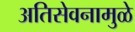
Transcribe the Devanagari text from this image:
अतिसेवनामुळे